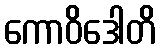
ကောဝိဒေါတိ